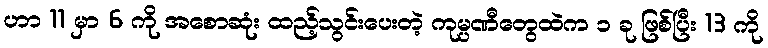
ဟာ 11 မှာ 6 ကို အစောဆုံး ထည့်သွင်းပေးတဲ့ ကုမ္ပဏီတွေထဲက ၁ ခု ဖြစ်ပြီး 13 ကို